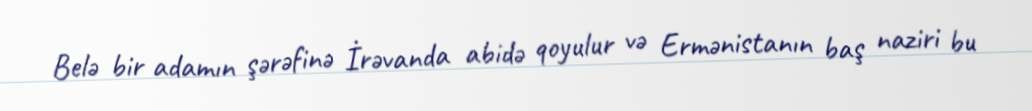
Belə bir adamın şərəfinə İrəvanda abidə qoyulur və Ermənistanın baş naziri bu